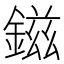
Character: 鎡